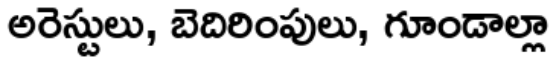
అరెస్టులు, బెదిరింపులు, గూండాల్లా